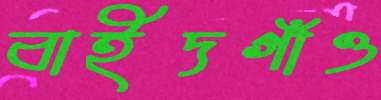
বাইদগাঁও